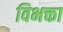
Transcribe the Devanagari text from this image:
विभक्ता